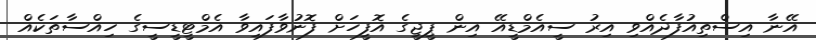
އޭނާ އިސްތިއުފާދެއްވި އިރު ސީއެމްޑީއޭ އިން ޕީޖީގެ އޮފީހަށް ފޮނުވާފައިވާ އެމްޓީޑީސީގެ ހިއްސާތަކެއް